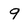
Character: 9